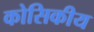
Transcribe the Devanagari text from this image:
कोसिकीय